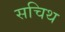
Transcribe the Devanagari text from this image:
सचिथ